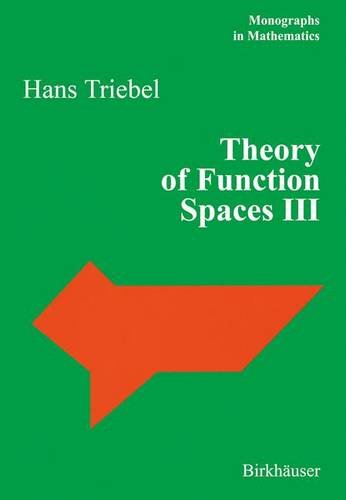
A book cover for Theory of Function Spaces III (Monographs in Mathematics) (v. 3); Hans Triebel; Science & Math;